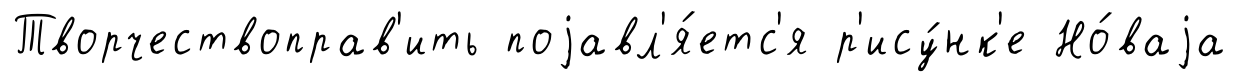
Творчествоправ'ить поjавл'я́етс'я р'ису́нк'е Но́ваjа